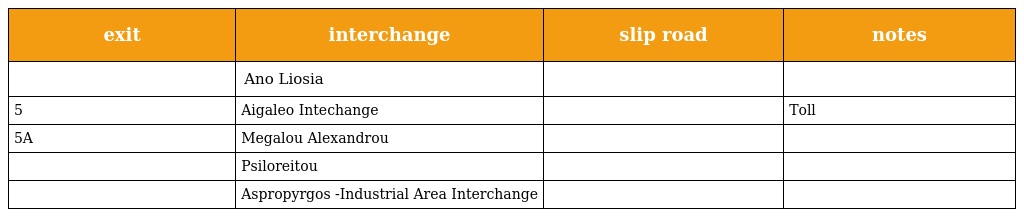
| exit | interchange | slip road | notes |
 | --- | --- | --- | --- |
 |  | Ano Liosia |  |  |
 | 5 | Aigaleo Intechange |  | Toll |
 | 5A | Megalou Alexandrou |  |  |
 |  | Psiloreitou |  |  |
 |  | Aspropyrgos -Industrial Area Interchange |  |  |